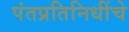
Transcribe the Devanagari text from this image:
पंतप्रतिनिधींचे